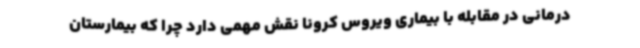
درمانی در مقابله با بیماری ویروس کرونا نقش مهمی دارد چرا که بیمارستان